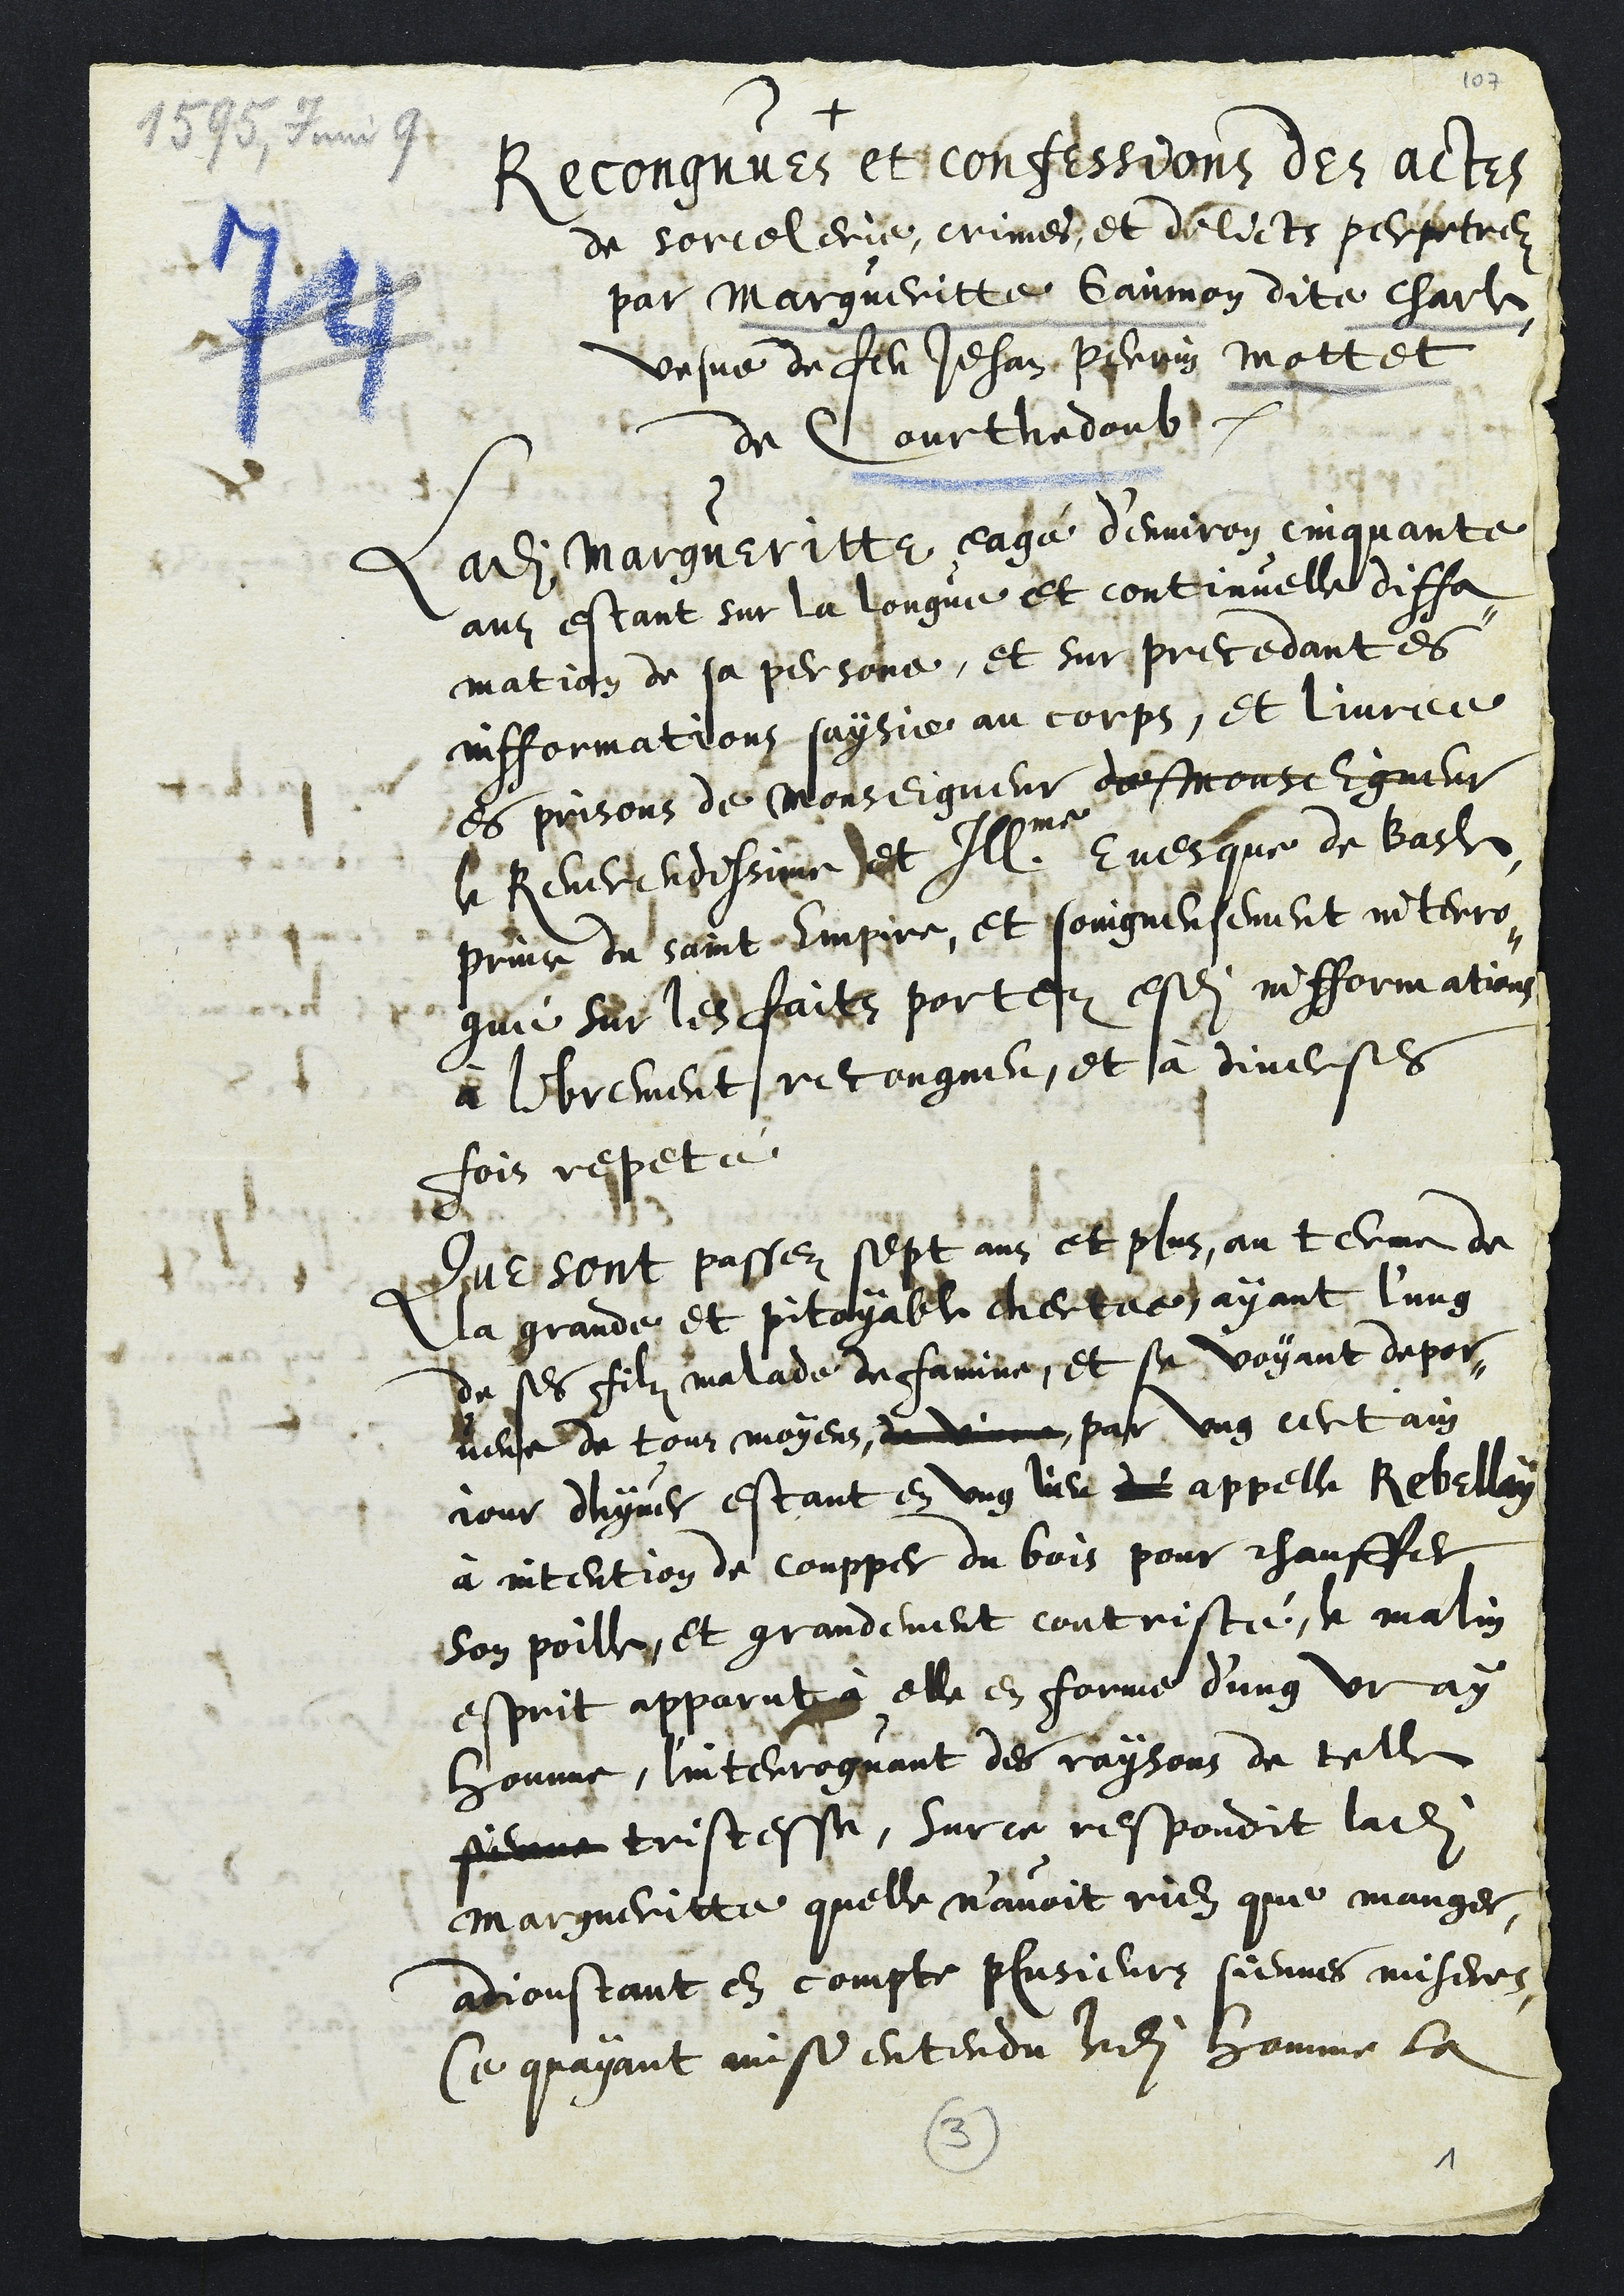
+
Recongnues et confessions des actes
de sorcelerie, crimes et delicts perpetrez
par Margueritte Gainnon dite Charle
vesve de feu Jehan Perrin Mottet
de Courthedoub
Ladite Margueritte eagé d'environ cinquante
ans estant sur la longue et continuelle diffa¬
mation de sa personne, et sur precedantes
infformations saysie au corps, et livree
es prisons de Monseigneur de Monseigneur
le Reverendissime et Illme
Evesque de Basle
prince du saint Empire, et soingneusement interro¬
gué sur les faits portez esdites infformations
à librement recongneu, et à diverses
fois repeté
Que sont passez sept ans et plus, au terme de
la grande et pitoyable chertee ayant l'ung
de ses filz malade de famine, et se voyant depor¬
veue de tous moyens de vivre par ung certain
jour dhyver estant en ung lieu dé appelle Rebellay
à intention de coupper du bois pour chauffer
son poille et grandement contristé, le malin
esprit apparut à elle en forme d'ung vray
homme, l'interroguant des raysons de telle
sienne tristesse, sur ce respondit ladite
Margueritte quelle n'avoit rien que manger,
adjoustant en compte plusieurs siennes miseres
ce quayant ainsi entendu ledit homme la
3
1